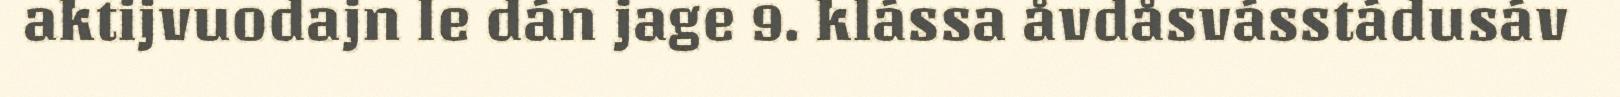
aktijvuodajn le dán jage 9. klássa åvdåsvásstádusáv